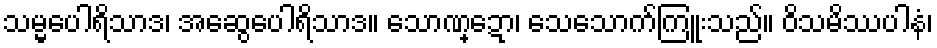
သမ္မပေါရိသာဒ၊ အဆွေပေါရိသာဒ။ သောဏ္ဍော၊ သေသောက်ကြူးသည်။ ဝိသမိဿပါနံ၊